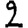
Digit: 2